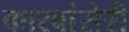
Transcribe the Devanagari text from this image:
कारवांसेरी